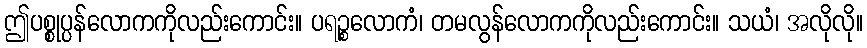
ဤပစ္စုပ္ပန်လောကကိုလည်းကောင်း။ ပရဉ္စလောကံ၊ တမလွန်လောကကိုလည်းကောင်း။ သယံ၊ အလိုလို။